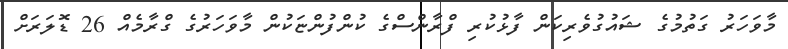
މާވަހަރު ގަތުމުގެ ޝައުގުވެރިކަން ފާޅުކުރި ފްރާންސްގެ ކުންފުންޏަކުން މާވަހަރުގެ ގްރާމެއް 26 ޑޮލަރަށް